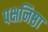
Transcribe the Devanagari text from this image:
पक्षनिष्ठा